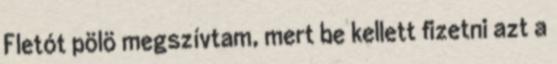
Fletót pölö megszívtam, mert be kellett fizetni azt a